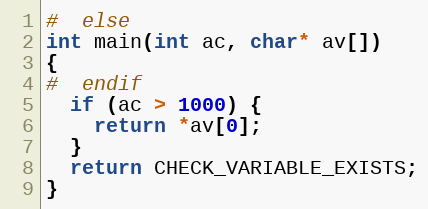
Language: C
#  else
int main(int ac, char* av[])
{
#  endif
  if (ac > 1000) {
    return *av[0];
  }
  return CHECK_VARIABLE_EXISTS;
}